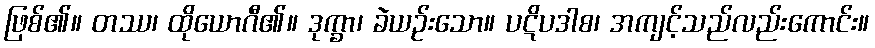
ဖြစ်၏။ တဿ၊ ထိုယောဂီ၏။ ဒုက္ခာ၊ ခဲယဉ်းသော။ ပဋိပဒါစ၊ အကျင့်သည်လည်းကောင်း။